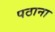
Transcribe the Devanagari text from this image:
पठाना